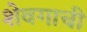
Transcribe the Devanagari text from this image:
शेवगाची